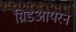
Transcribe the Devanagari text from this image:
ग्रिडआयरन